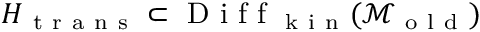
H _ { \mathrm { ~ t ~ r ~ a ~ n ~ s ~ } } \subset \mathrm { ~ D ~ i ~ f ~ f ~ } _ { \mathrm { ~ k ~ i ~ n ~ } } ( \mathcal { M } _ { \mathrm { ~ o ~ l ~ d ~ } } )